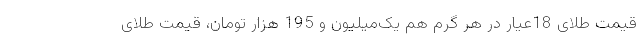
قیمت طلای 18عیار در هر گرم هم یک‌میلیون و 195 هزار تومان، قیمت طلای